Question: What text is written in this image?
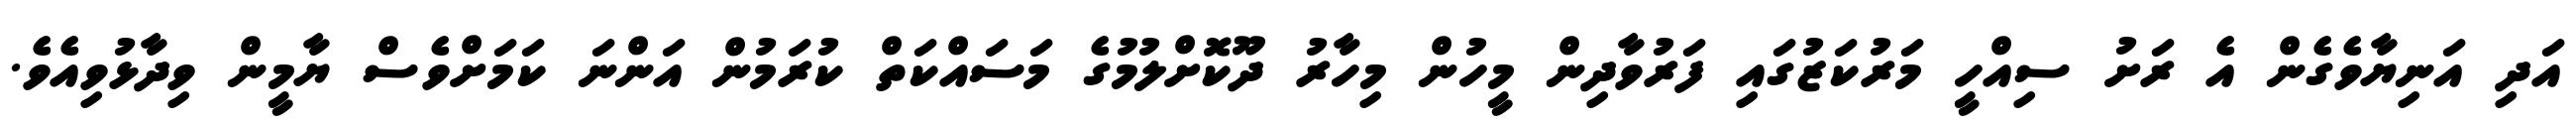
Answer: އަދި އަނިޔާވެގެން އެ ރަށު ސިއްހީ މަރުކަޒުގައި ފަރުވާދިން މީހުން މިހާރު ދޫކޮށްލުމުގެ މަސައްކަތް ކުރަމުން އަންނަ ކަމަށްވެސް ޔާމީން ވިދާޅުވިއެވެ.